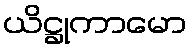
ယိဋ္ဌုကာမော